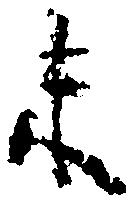
未